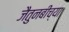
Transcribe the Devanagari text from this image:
जैतुनबीच्या